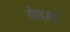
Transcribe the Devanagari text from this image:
वेदाग्